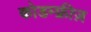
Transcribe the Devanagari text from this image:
कोडम्फ्रीज़